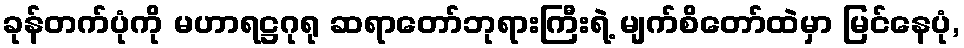
ခုန်တက်ပုံကို မဟာရဋ္ဌဂုရု ဆရာတော်ဘုရားကြီးရဲ့ မျက်စိတော်ထဲမှာ မြင်နေပုံ,